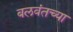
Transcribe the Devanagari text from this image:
बलवंतच्या